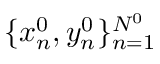
\{ x _ { n } ^ { 0 } , y _ { n } ^ { 0 } \} _ { n = 1 } ^ { N ^ { 0 } }